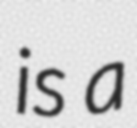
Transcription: is a